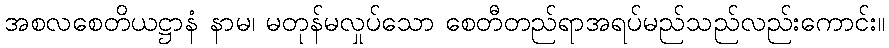
အစလစေတိယဋ္ဌာနံ နာမ၊ မတုန်မလှုပ်သော စေတီတည်ရာအရပ်မည်သည်လည်းကောင်း။